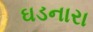
ઘડનારા